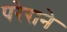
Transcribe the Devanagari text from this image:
परेराने